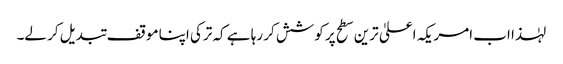
لہٰذا اب امریکہ اعلیٰ ترین سطح پر کوشش کر رہا ہے کہ ترکی اپنا موقف تبدیل کر لے۔